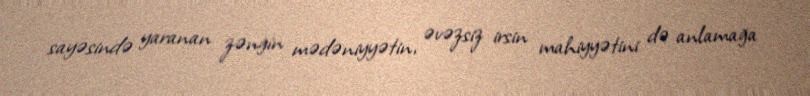
sayəsində yaranan zəngin mədəniyyətin, əvəzsiz irsin mahiyyətini də anlamağa